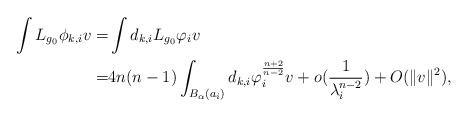
LaTeX: \begin{align*}\int L_{g_{0}}\phi_{k,i}v= &\int d_{k,i}L_{g_{0}}\varphi_{i}v \\= & 4n(n-1)\int_{B_{\alpha}( a _{i})} d_{k,i}\varphi_{i}^{\frac{n+2}{n-2}}v +o(\frac{1}{\lambda_{i}^{n-2}})+O(\Vert v \Vert^{2}), \end{align*}